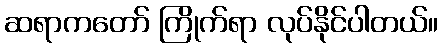
ဆရာကတော် ကြိုက်ရာ လုပ်နိုင်ပါတယ်။